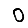
Digit: 0